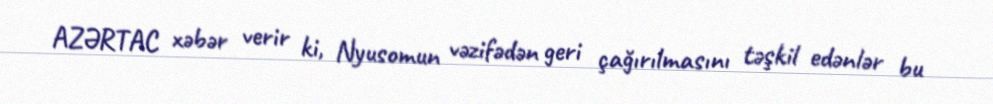
AZƏRTAC xəbər verir ki, Nyusomun vəzifədən geri çağırılmasını təşkil edənlər bu